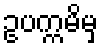
ဥပက္ကမိမှ